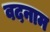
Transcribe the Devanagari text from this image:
वदनाम